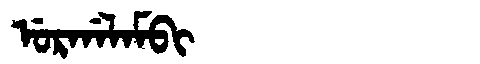
Manchu: ᡠᡵᡤᠠᠯᠠᠮᠪᡳ
Romanization: URGALAMBI